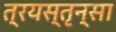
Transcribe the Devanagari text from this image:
त्रयस्तृन्सा